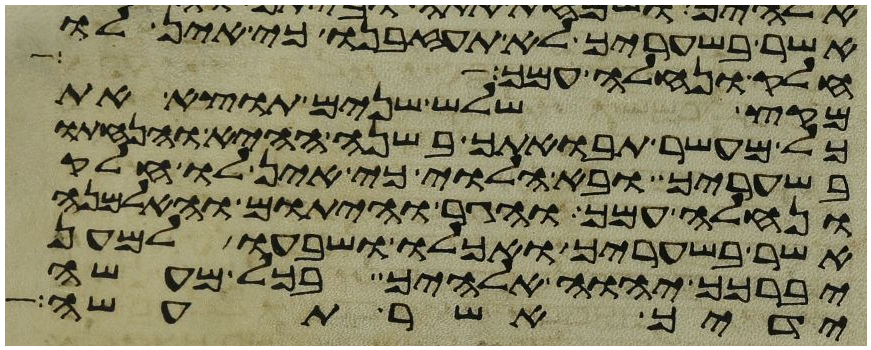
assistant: אשר בשעריך לא תעזבנו כי אין לו
חלק ונחלה עמך
מקץ שלש שנים תוצא את
כל מעשר תבואתך בשנה ההיא והנחתו
בשעריך ובא הלוי כי אין לו חלק
ונחלה עמך והגר והיתום והאלמנה
אשר בשעריך ואכלו ושבעו למען
יברכך יהוה אלהיך בכל מעשה
ידיך אשר תעשה